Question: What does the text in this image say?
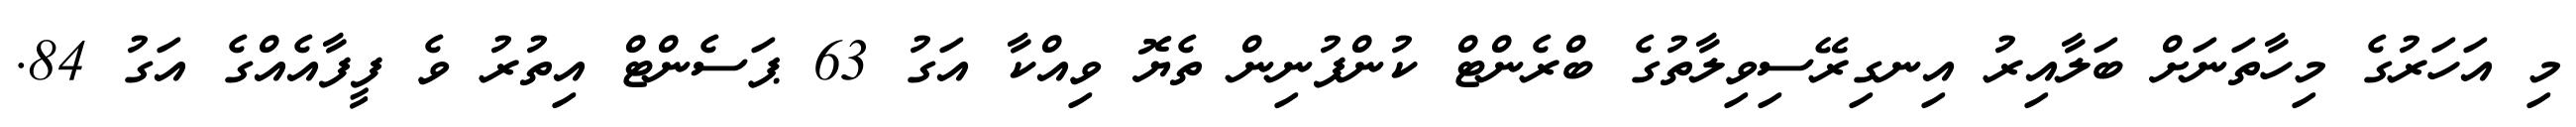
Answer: މި އަހަރުގެ މިހާތަނަށް ބަލާއިރު އިނގިރޭސިވިލާތުގެ ބްރެންޓް ކުންފުނިން ތެޔޮ ވިއްކާ އަގު 63 ޕަސެންޓް އިތުރު ވެ ފީފާއެއްގެ އަގު 84.